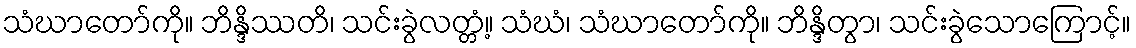
သံဃာတော်ကို။ ဘိန္ဒိဿတိ၊ သင်းခွဲလတ္တံ့။ သံဃံ၊ သံဃာတော်ကို။ ဘိန္ဒိတွာ၊ သင်းခွဲသောကြောင့်။